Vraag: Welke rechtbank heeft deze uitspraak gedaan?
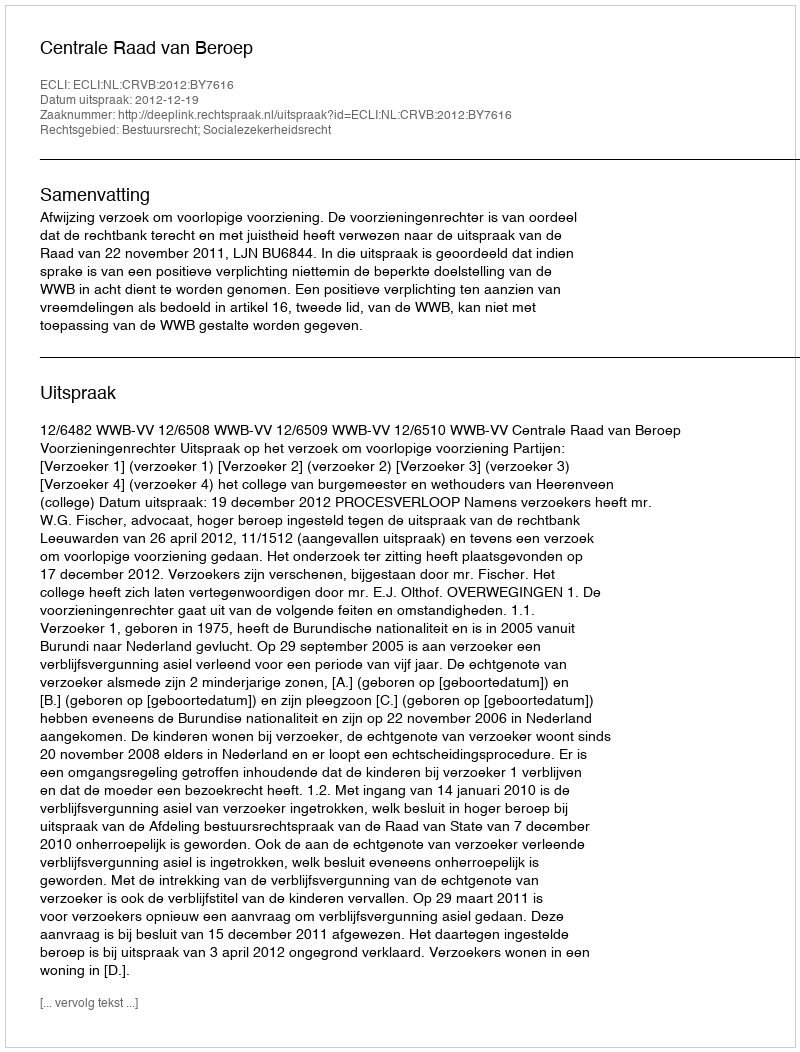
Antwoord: Centrale Raad van Beroep